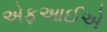
એફઆઈએ